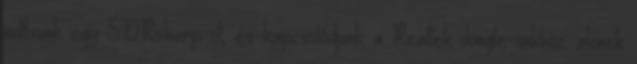
indítsunk egy SDRsharp-ot, és kapcsolódjunk a Realtek dongle-ünkhöz: akinek